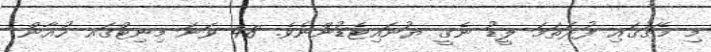
މި މެޗުގައި ފުރަތަމަ ލީޑު ނެގީ ޔުނައިޓެޑުންނެވެ. 48 ވަނަ މިނިޓްގައ ހުއާން